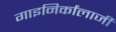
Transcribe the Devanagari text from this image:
गाइनिर्कांलाजी